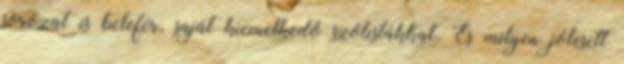
sorozat is belefér, saját kiemelkedő szólistákkal. És milyen jólesett